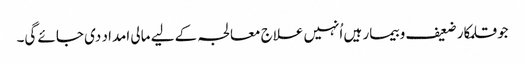
جو قلمکار ضعیف و بیمار ہیں اُنہیں علاج معالجہ کے لیے مالی امداد دی جائے گی۔